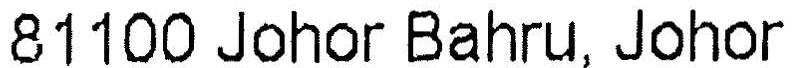
81100 JOHOR BAHRU, JOHOR